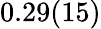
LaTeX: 0.29(15)